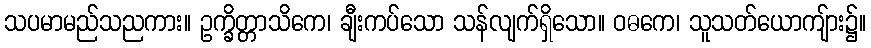
သပမာမည်သညကား။ ဥက္ခိတ္တာသိကေ၊ ချီးကပ်သော သန်လျက်ရှိသော။ ဝဓကေ၊ သူသတ်ယောကျ်ား၌။